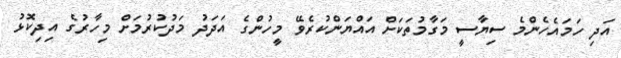
އަދި ހަމައެހެންމެ ސިޔާސީ މަގާމުތަކަށް އައްޔަންކުރެވޭ މީހުންގެ އަދަދު މަދުކުރުމަށް މިހާރުގެ އިދިކޮޅު